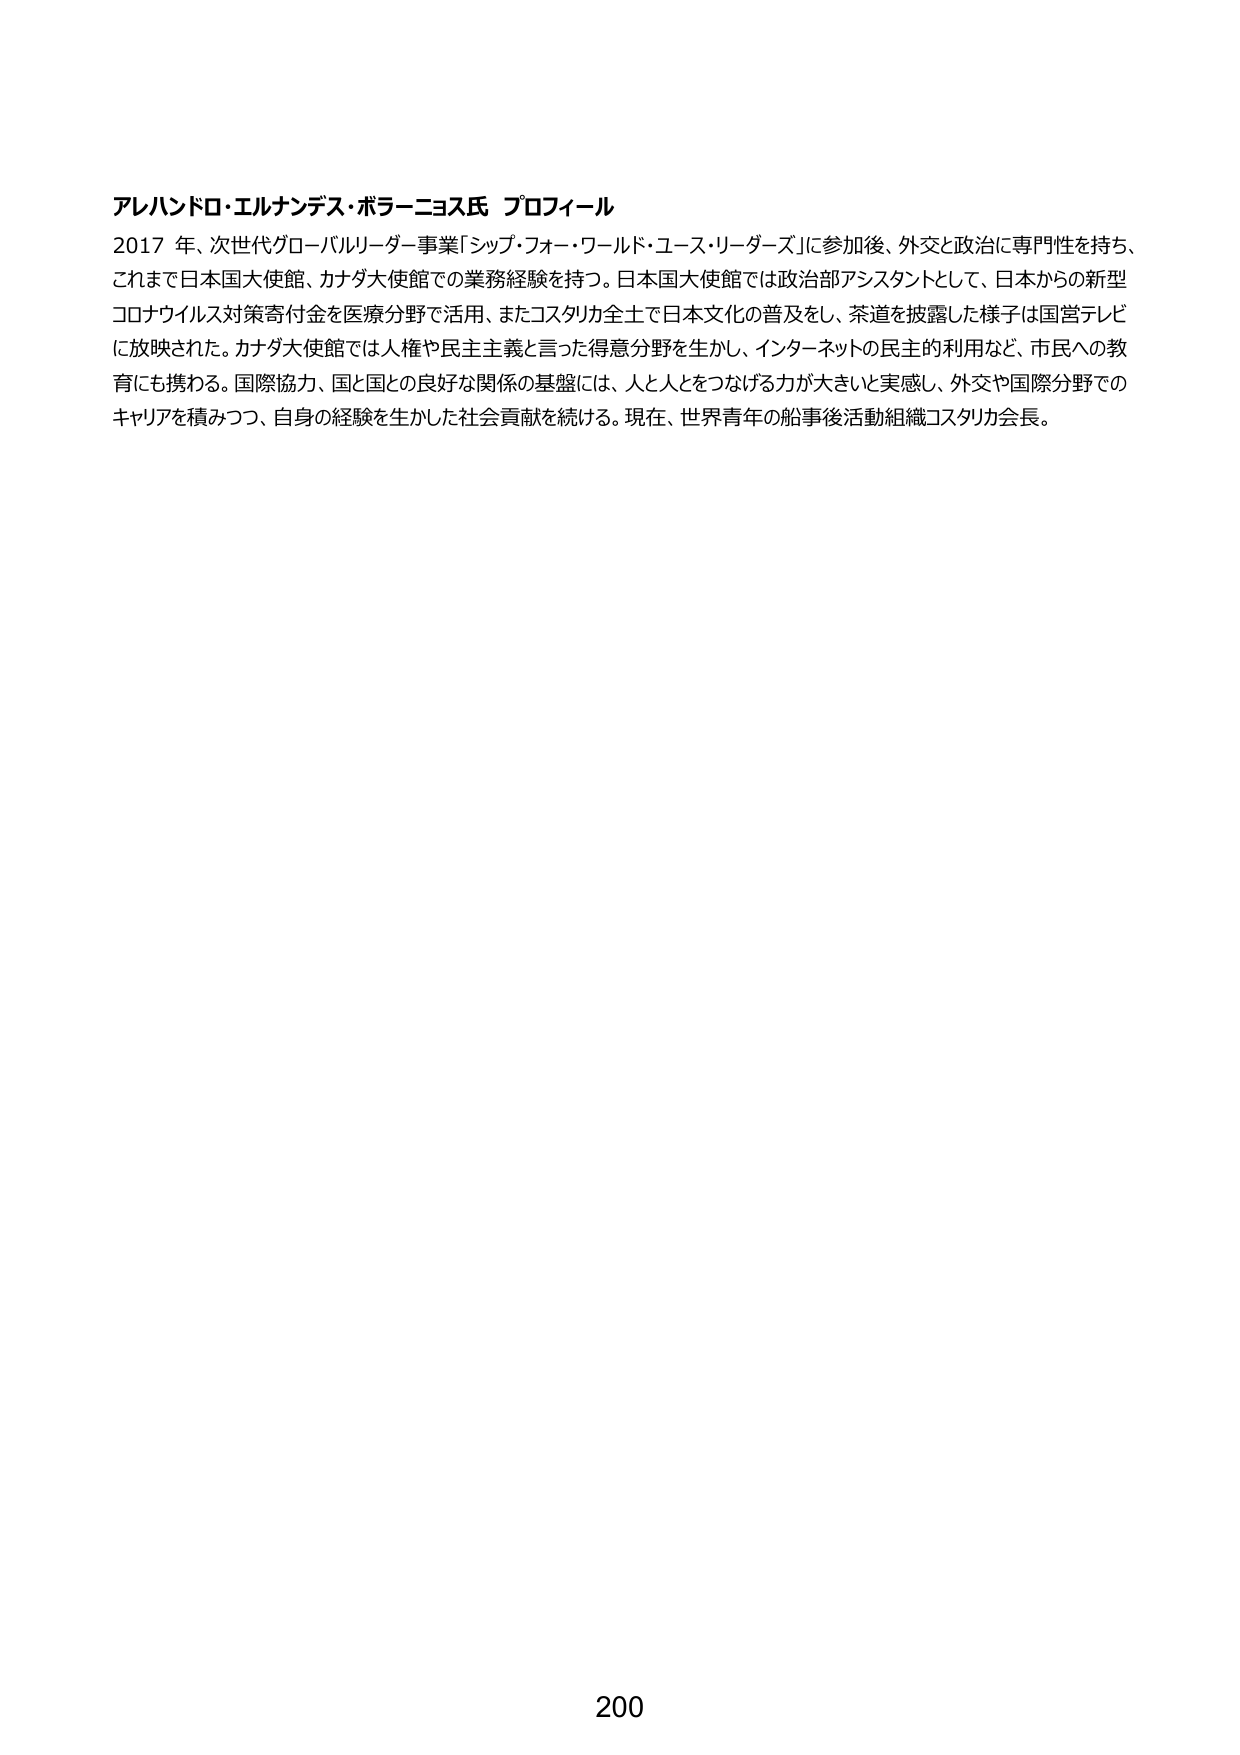
アレハンドロ・エルナンデス・ボラーニョス氏 プロフィール
2017 年、次世代グローバルリーダー事業「シップ・フォー・ワールド・ユース・リーダーズ」に参加後、外交と政治に専門性を持ち、
これまで日本国大使館、カナダ大使館での業務経験を持つ。日本国大使館では政治部アシスタントとして、日本からの新型
コロナウイルス対策寄付金を医療分野で活用、またコスタリカ全土で日本文化の普及をし、茶道を披露した様子は国営テレビ
に放映された。カナダ大使館では人権や民主主義と言った得意分野を生かし、インターネットの民主的利用など、市民への教育にも携わる。国際協力、国と国との良好な関係の基盤には、人と人とをつなげる力が大きいと実感し、外交や国際分野での
キャリアを積みつつ、自身の経験を生かした社会貢献を続ける。現在、世界青年の船事後活動組織コスタリカ会長。

200